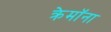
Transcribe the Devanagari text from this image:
क्रेमॉना